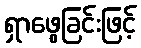
ရှာဖွေခြင်းဖြင့်